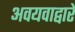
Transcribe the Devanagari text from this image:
अवयवाद्वारे